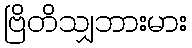
ဗြိတိသျှဘားမား